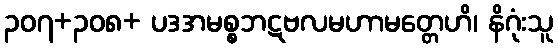
၃၀၇+၃၀၈+ ပဒအမစ္စဘဋဗလမဟာမတ္တေဟိ၊ နိဂုံးသူ